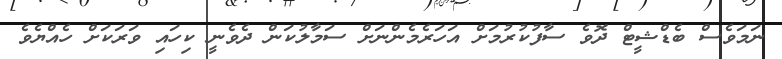
ނަމަވެސް ބެޑްޝީޓް ދޮވެ ސާފުކުރުމަށް އަހަރެމެންނަށް ސަމާލުކަން ދެވެނީ ކިހައި ވަރަކަށް ހެއްޔެވެ